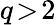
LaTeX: q\! >\! 2